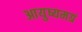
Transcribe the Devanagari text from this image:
आयुष्यमग्रं